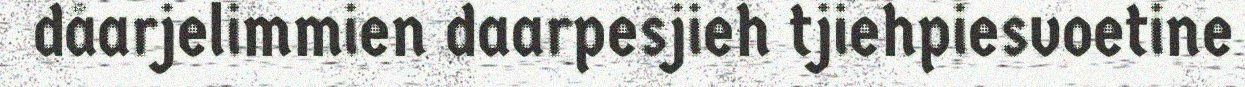
dåarjelimmien daarpesjieh tjiehpiesvoetine